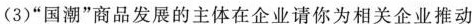
(3)”国潮”商品发展的主体在企业请你为相关企业推动